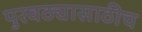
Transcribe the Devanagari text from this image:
पुरवठ्यासाठीच